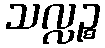
သလ္လဉ္စ